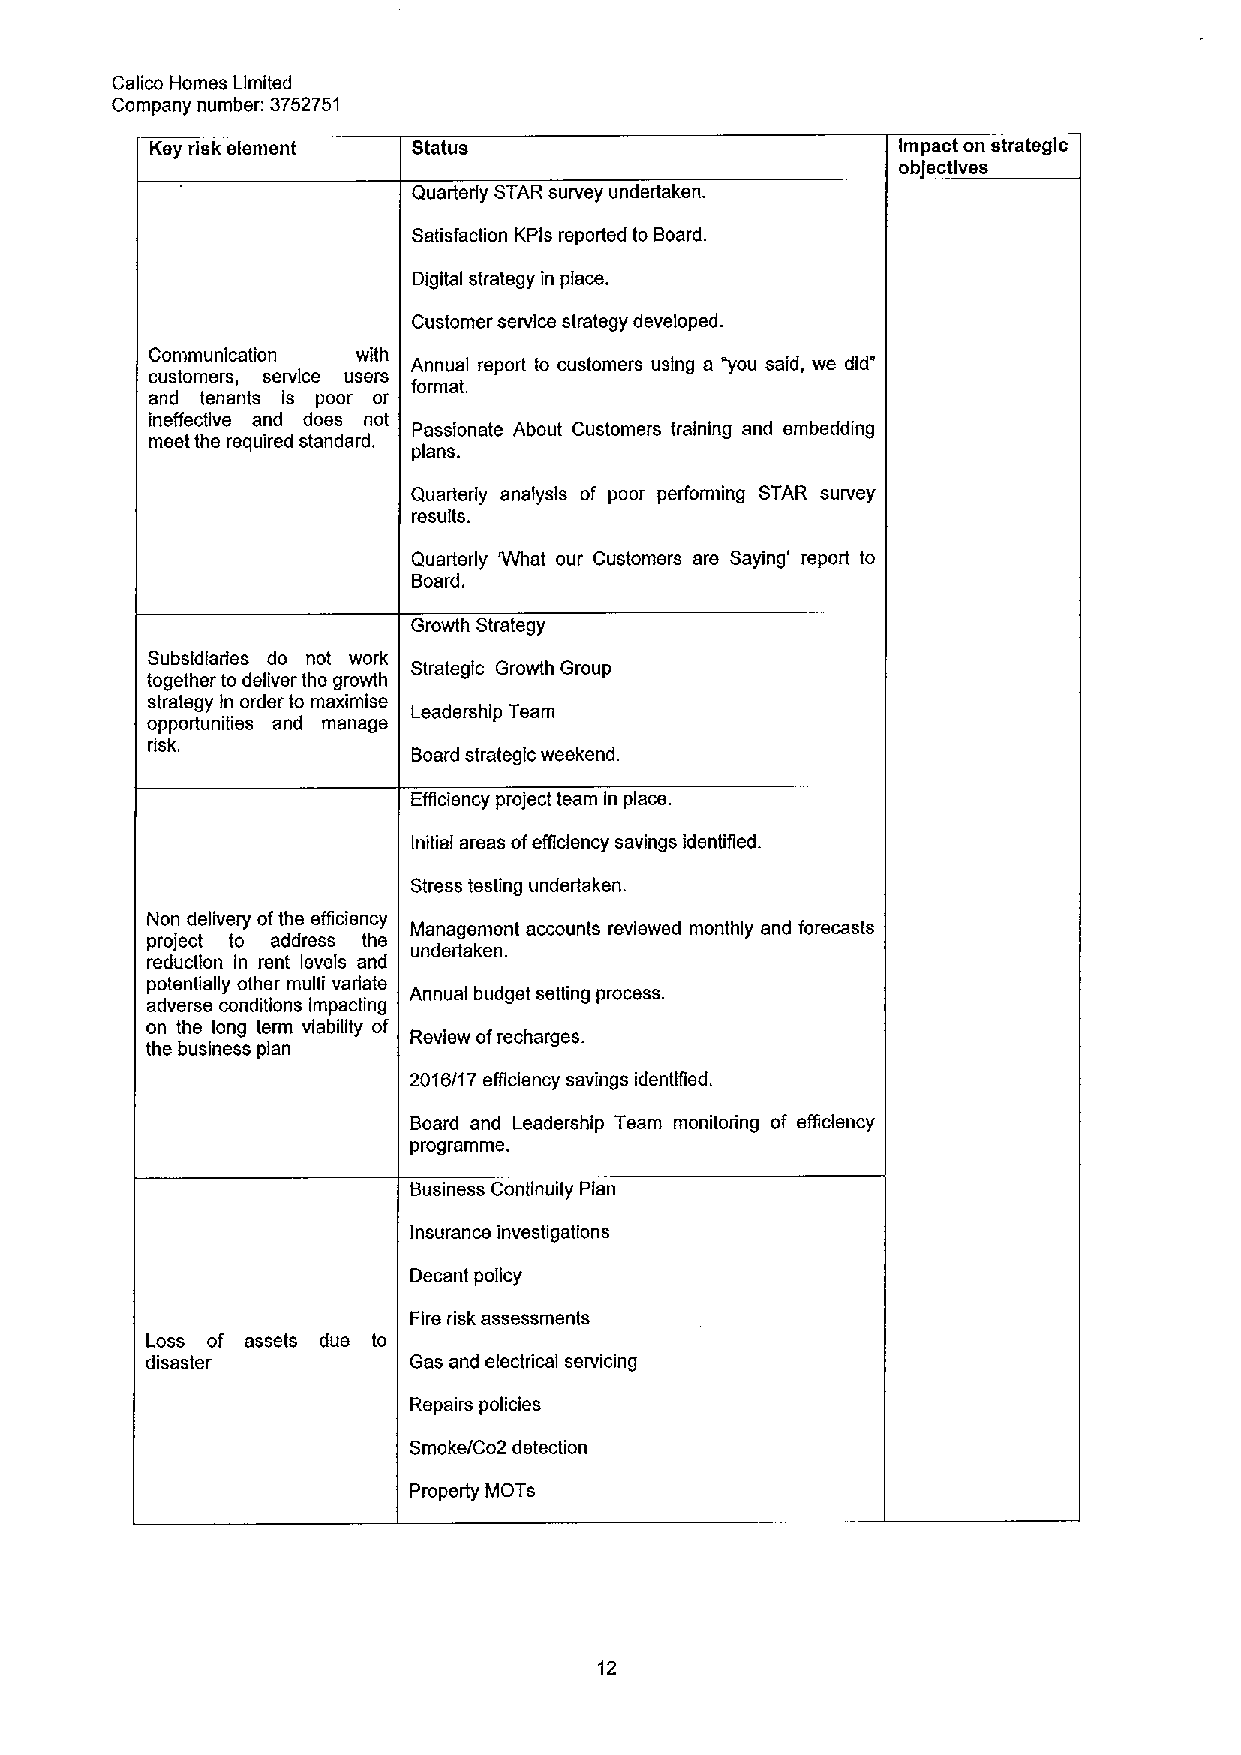
Calico Homes Limited
 Company number: 3752751
 Key risk element Status                          Impact on strategic
 ob ectlves
 Quarterly STAR survey undertaken.
 Satisfaction KPls reported to Board.
 Digital strategy in place.
 Customer service strategy developed.
 Communication with Annual report to customers using a "you said, we did'
 customers, service users
 format.
 and tenants is poor or
 ineffective and doss not
 Passionate About Customers training and embedding
 meet the required standard.
 plans.
 Quarterly analysis of poor performing STAR survey
 results.
 Quarterly V/hat our Customers are Saying' report to
 Board.
 Growth Strategy
 Subsidiaries do not work
 Strategic Growth Group
 together to deliver the growth
 strategy in order to maximise
 Leadership Team
 opportunities and manage
 risk.
 Board strategic weekend.
 Efficienc project team in place.
 Initial areas ofefficiency savings identified.
 Stress testing undertaken.
 Non delivery ofthe efficiency Management accounts reviewed monthly and forecasts
 project to address the
 undertaken.
 reduction In rent levels and
 potentially other multi varlate
 Annual budget setting process.
 adverse conditions impacting
 on the long term viability of
 Review ofrecharges.
 the business plan
 2016/17efficiency savings identified.
 Board and Leadership Team monitoring of efficiency
 programme.
 Business Continuity Plan
 insurance investigations
 Decant policy
 Fire risk assessments
 Loss of assets due to
 disaster         Gas and electrical servicing
 Repairs policies
 Smoke/Co2 detection
 Property MOTs